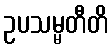
ဥပသမ္မတီတိ